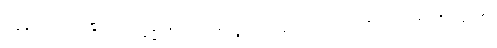
အာဒိတ္တော၊ ရဲရဲငြိ၏။ သမ္ပဇ္ဇလိကော၊ အလျှံပြောင်ပြောင် တောက်၏။ သဇောတိဘူတော၊